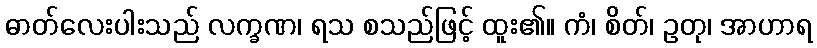
ဓာတ်လေးပါးသည် လက္ခဏ၊ ရသ စသည်ဖြင့် ထူး၏။ ကံ၊ စိတ်၊ ဥတု၊ အာဟာရ